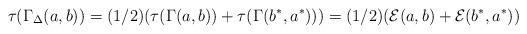
LaTeX: \begin{gather*}\tau(\Gamma_\Delta(a, b))=(1/2)(\tau(\Gamma(a, b))+\tau(\Gamma(b^*, a^*)) )=(1/2)({\mathcal E}(a,b)+{\mathcal E}(b^*, a^*))\end{gather*}